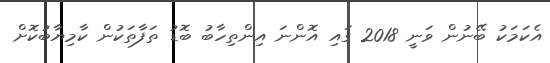
އެކަމަކު ބޭނުން ވަނީ 2018 ގައި އޮންނަ އިންތިހާބު ބޮޑު ތަފާތަކުން ކާމިޔާބުކޮށް